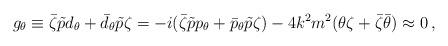
LaTeX: \begin{align*}g_\theta \equiv \bar\zeta\tilde p d_\theta +\bar d_\theta\tilde p\zeta =-i(\bar\zeta\tilde p p_\theta + \bar p_\theta\tilde p\zeta )-4k^2 m^2 (\theta\zeta +\bar\zeta\bar\theta) \approx 0 \, ,\end{align*}